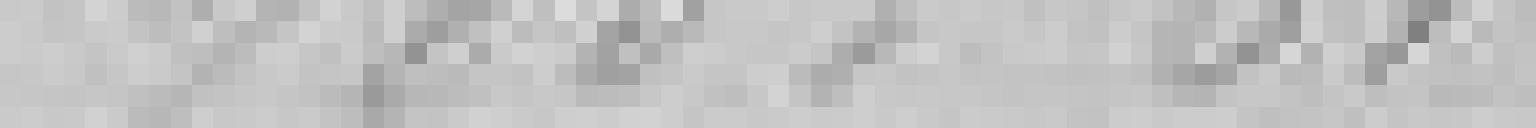
985,01